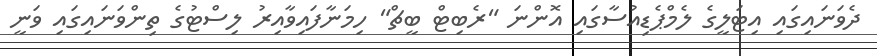
ދެވަނައިގައި އިޓަލީގެ ލެމްޕެޑިއުސާގައި އޮންނަ "ރެބިޓް ބީޗް" ހިމަނާފައިވާއިރު ލިސްޓުގެ ތިންވަނައިގައި ވަނީ